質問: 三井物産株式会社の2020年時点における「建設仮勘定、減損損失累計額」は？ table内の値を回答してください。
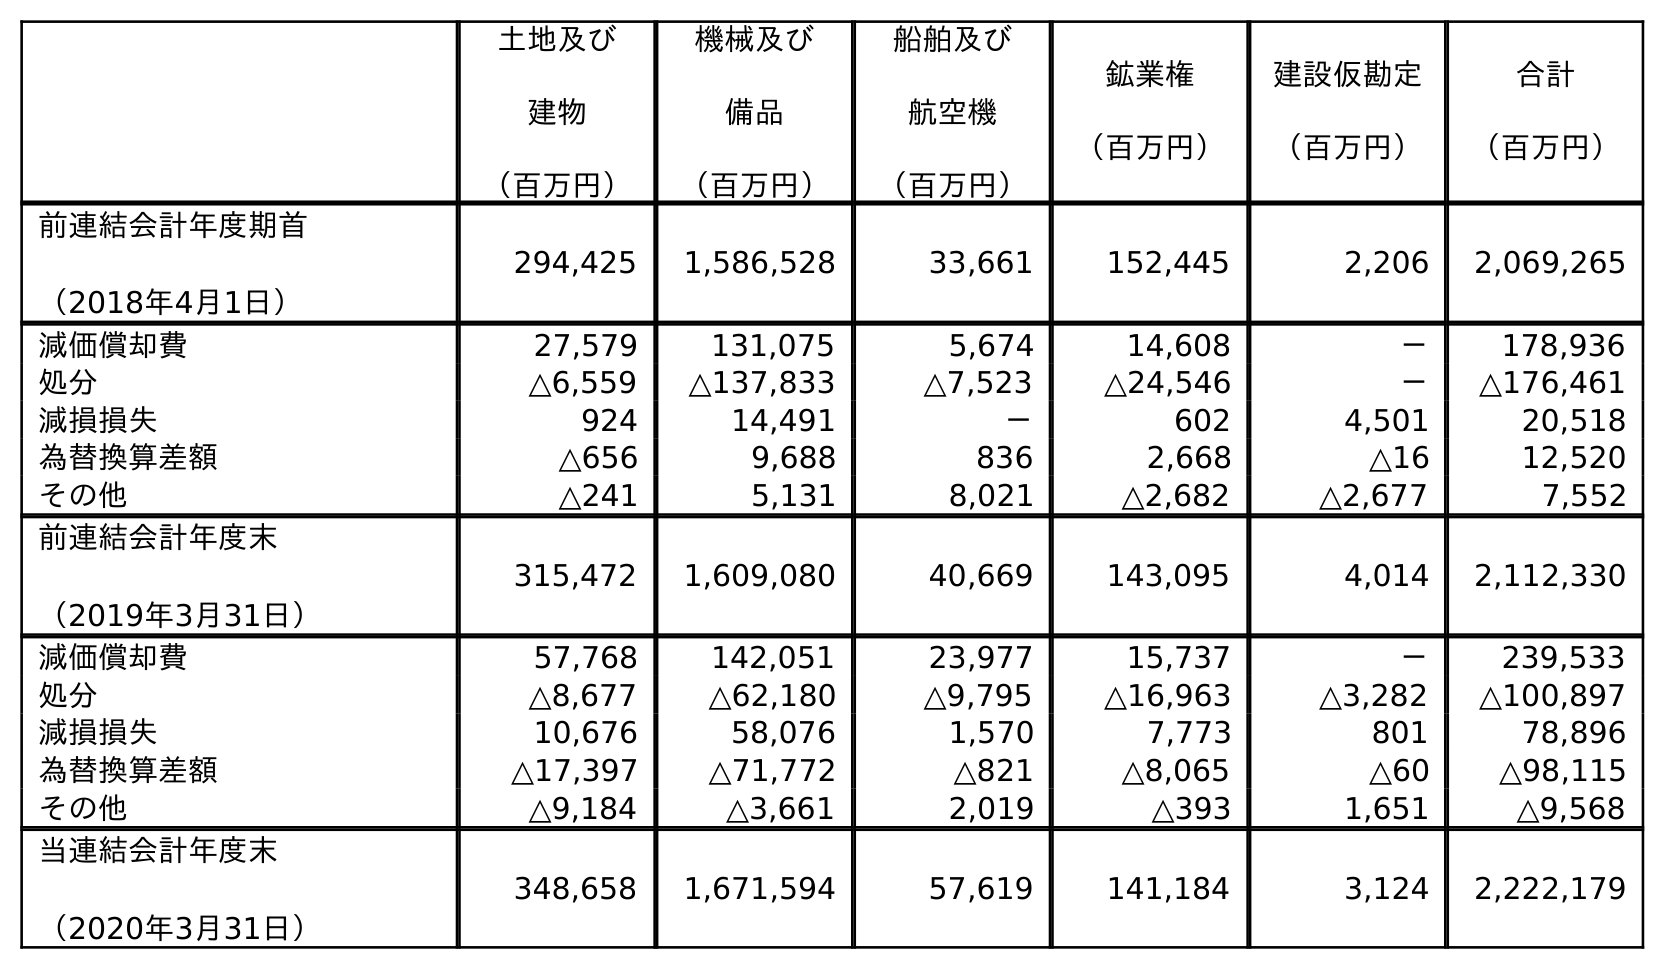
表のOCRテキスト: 土地及び 建物 （百万円） 機械及び 備品 （百万円） 船舶及び 航空機 （百万円） 鉱業権 （百万円） 建設仮勘定 （百万円） 合計 （百万円） 前連結会計年度期首 （2018年4月1日） 294,425 1,586,528 33,661 152,445 2,206 2,069,265 減価償却費 27,579 131,075 5,674 14,608 － 178,936 処分 △6,559 △137,833 △7,523 △24,546 － △176,461 減損損失 924 14,491 － 602 4,501 20,518 為替換算差額 △656 9,688 836 2,668 △16 12,520 その他 △241 5,131 8,021 △2,682 △2,677 7,552 前連結会計年度末 （2019年3月31日） 315,472 1,609,080 40,669 143,095 4,014 2,112,330 減価償却費 57,768 142,051 23,977 15,737 － 239,533 処分 △8,677 △62,180 △9,795 △16,963 △3,282 △100,897 減損損失 10,676 58,076 1,570 7,773 801 78,896 為替換算差額 △17,397 △71,772 △821 △8,065 △60 △98,115 その他 △9,184 △3,661 2,019 △393 1,651 △9,568 当連結会計年度末 （2020年3月31日） 348,658 1,671,594 57,619 141,184 3,124 2,222,179
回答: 3,124